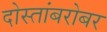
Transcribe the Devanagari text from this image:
दोस्तांबरोबर